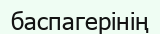
баспагерінің